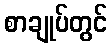
စာချုပ်တွင်